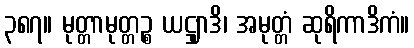
၃၈၇။ မုတ္တာမုတ္တဉ္စ ယဋ္ဌျာဒိ၊ အမုတ္တံ ဆုရိကာဒိကံ။